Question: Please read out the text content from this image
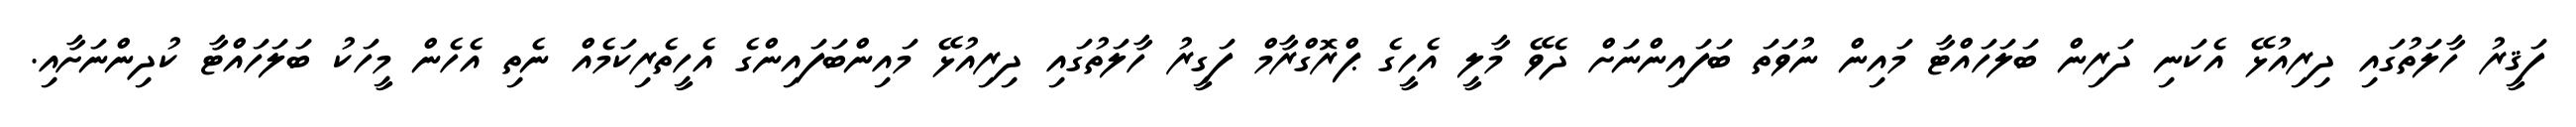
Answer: ފަޤީރު ހާލަތުގައި ދިރިއުޅޭ އެކަނި ދަރިން ބަލަހައްޓާ މައިން ނުވަތަ ބަފައިންނަށް ދެވޭ މާލީ އެހީގެ ޕްރޮގްރާމް ފަގީރު ހާލަތުގައި ދިރިއުޅޭ މައިންބަފައިންގެ އެހީތެރިކަމެއް ނެތި އެހެން މީހަކު ބަލަހައްޓާ ކުދިންނަށާއި.